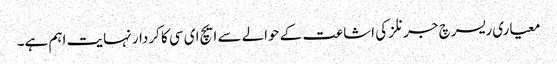
معیاری ریسرچ جرنلز کی اشاعت کے حوالے سے ایچ ای سی کا کردار نہایت اہم ہے۔